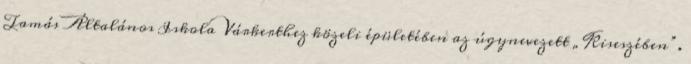
Tamás Általános Iskola Várkerthez közeli épületében az úgynevezett „Kiseszében”.